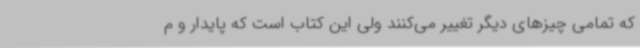
که تمامی چیزهای دیگر تغییر می‌کنند ولی این کتاب است که پایدار و م